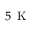
5 \, \mathrm { \textrm { K } }